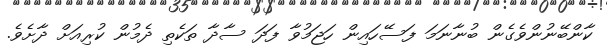
ކާންބޭނުންވެގެން ބުނާނަމަ ފަސޭހައިން ހަޖަމުވާ ފަދަ ސާދާ ތަކެތި ދެމުން ކުރިއަށް ދާށެވެ.